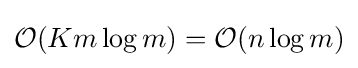
{\mathcal {O}}(Km\log m)={\mathcal {O}}(n\log m)